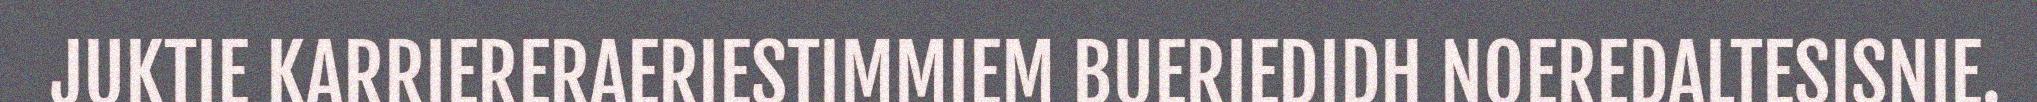
JUKTIE KARRIERERAERIESTIMMIEM BUERIEDIDH NOEREDALTESISNIE.